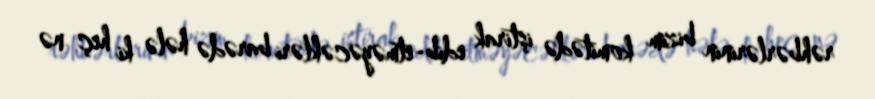
rəhbərlərinin bizim komitədə iştirak edib-etməyəcəkləri barədə hələ ki heç nə